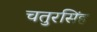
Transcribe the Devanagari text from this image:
चतुरसिंह